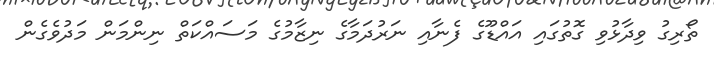
ތޯރިގު ވިދާޅުވި ގޮތުގައި އައްޑޫގެ ފެނާއި ނަރުދަމާގެ ނިޒާމުގެ މަސައްކަތް ނިންމަން މަދުވެގެން